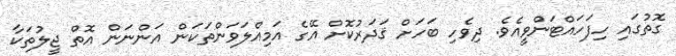
ގޮތުގައި ހިފަހައްޓަންވީއެވެ. ދިވެހި ބަހަށް ޤަދަރުކޮށް އޭގެ އަމިއްލަވަންތަކަން އަންނަން އޮތް ޖީލުތަކާ